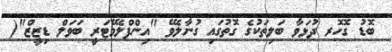
ބޮޑު ގޮހޮރ ދުޅަވާ ބަލިތަކުގެ ގޮތުގައި ގުނާލެވޭ "އިންފްލެމޭޓަރީ ބަވަލް ޑިޒީޒް"(